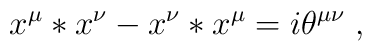
x^\mu * x^\nu - x^\nu * x^\mu = i \theta^{\mu \nu} \;,